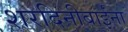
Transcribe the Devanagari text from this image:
शरदिनीबाईंना